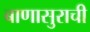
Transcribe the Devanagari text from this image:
बाणासुराची